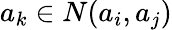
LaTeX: a_{k}\in N(a_{i},a_{j})